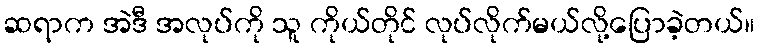
ဆရာက အဲဒီ အလုပ်ကို သူ ကိုယ်တိုင် လုပ်လိုက်မယ်လို့ပြောခဲ့တယ်။